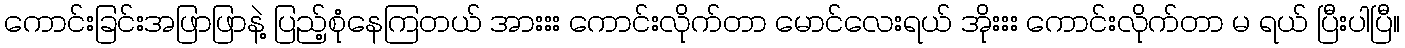
ကောင်းခြင်းအဖြာဖြာနဲ့ ပြည့်စုံနေကြတယ် အားးး ကောင်းလိုက်တာ မောင်လေးရယ် အိုးးး ကောင်းလိုက်တာ မ ရယ် ပြီးပါပြီ။